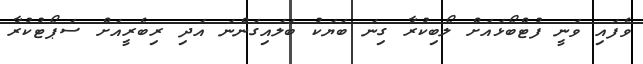
ވެފައި ވަނީ ފުޓްބޯޅައަށް ލޯބިކުރާ ގިނަ ބަޔަކު ބަލައިގަންނަ އަދި ރިބެރީއަށް ސަޕޯޓުކުރާ